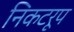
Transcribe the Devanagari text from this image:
निकटरूप